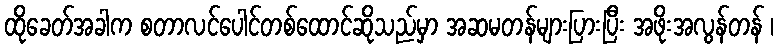
ထိုခေတ်အခါက စတာလင်ပေါင်တစ်ထောင်ဆိုသည်မှာ အဆမတန်များပြားပြီး အဖိုးအလွန်တန် ၊